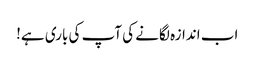
اب اندازہ لگانے کی آپ کی باری ہے!